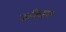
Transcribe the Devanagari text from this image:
मार्क्विसास